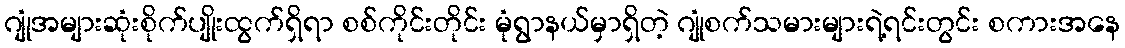
ဂျုံအများဆုံးစိုက်ပျိုးထွက်ရှိရာ စစ်ကိုင်းတိုင်း မုံရွာနယ်မှာရှိတဲ့ ဂျုံစက်သမားများရဲ့ရင်းတွင်း စကားအနေ